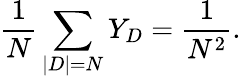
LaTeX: \frac{1}{N}\sum_{|D|=N}Y_{D}=\frac{1}{N^{2}}.